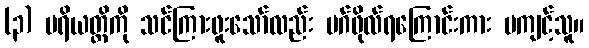
(၃) ပရိယတ္တိကို သင်ကြားဖူးသော်လည်း မဂ်ဖိုလ်ရကြောင်းကား မကျင့်သူ။